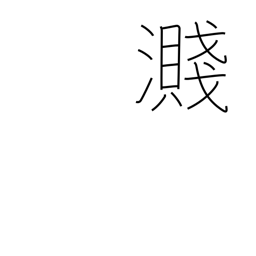
Meaning: splash